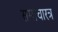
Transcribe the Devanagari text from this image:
समाचारत्र